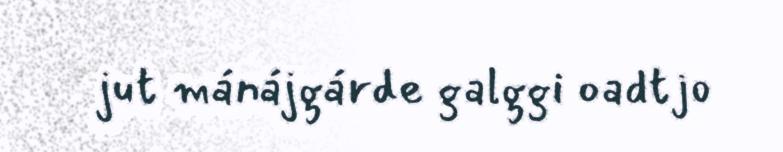
jut mánájgárde galggi oadtjo